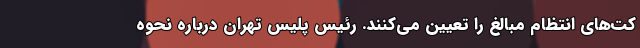
کت‌های انتظام مبالغ را تعیین می‌کنند. رئیس پلیس تهران درباره نحوه